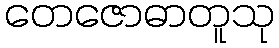
တေဇောဓာတူသု